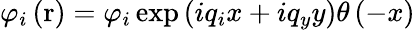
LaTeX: {{\varphi}_{i}}\left(\mathrm{r}\right)={{\varphi}_{i}}\exp\left(i{{q}_{i}}x+i{{q}_{y}}y\right)\theta\left(-x\right)